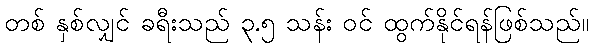
တစ် နှစ်လျှင် ခရီးသည် ၃.၅ သန်း ဝင် ထွက်နိုင်ရန်ဖြစ်သည်။